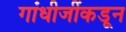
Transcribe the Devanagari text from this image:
गांधीजींकडून